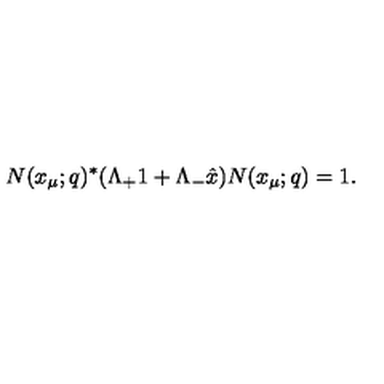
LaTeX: N ( x _ { \mu } ; q ) ^ { * } ( \Lambda _ { + } 1 + \Lambda _ { - } \hat { x } ) N ( x _ { \mu } ; q ) = 1 .